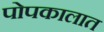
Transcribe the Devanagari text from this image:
पोपकालात